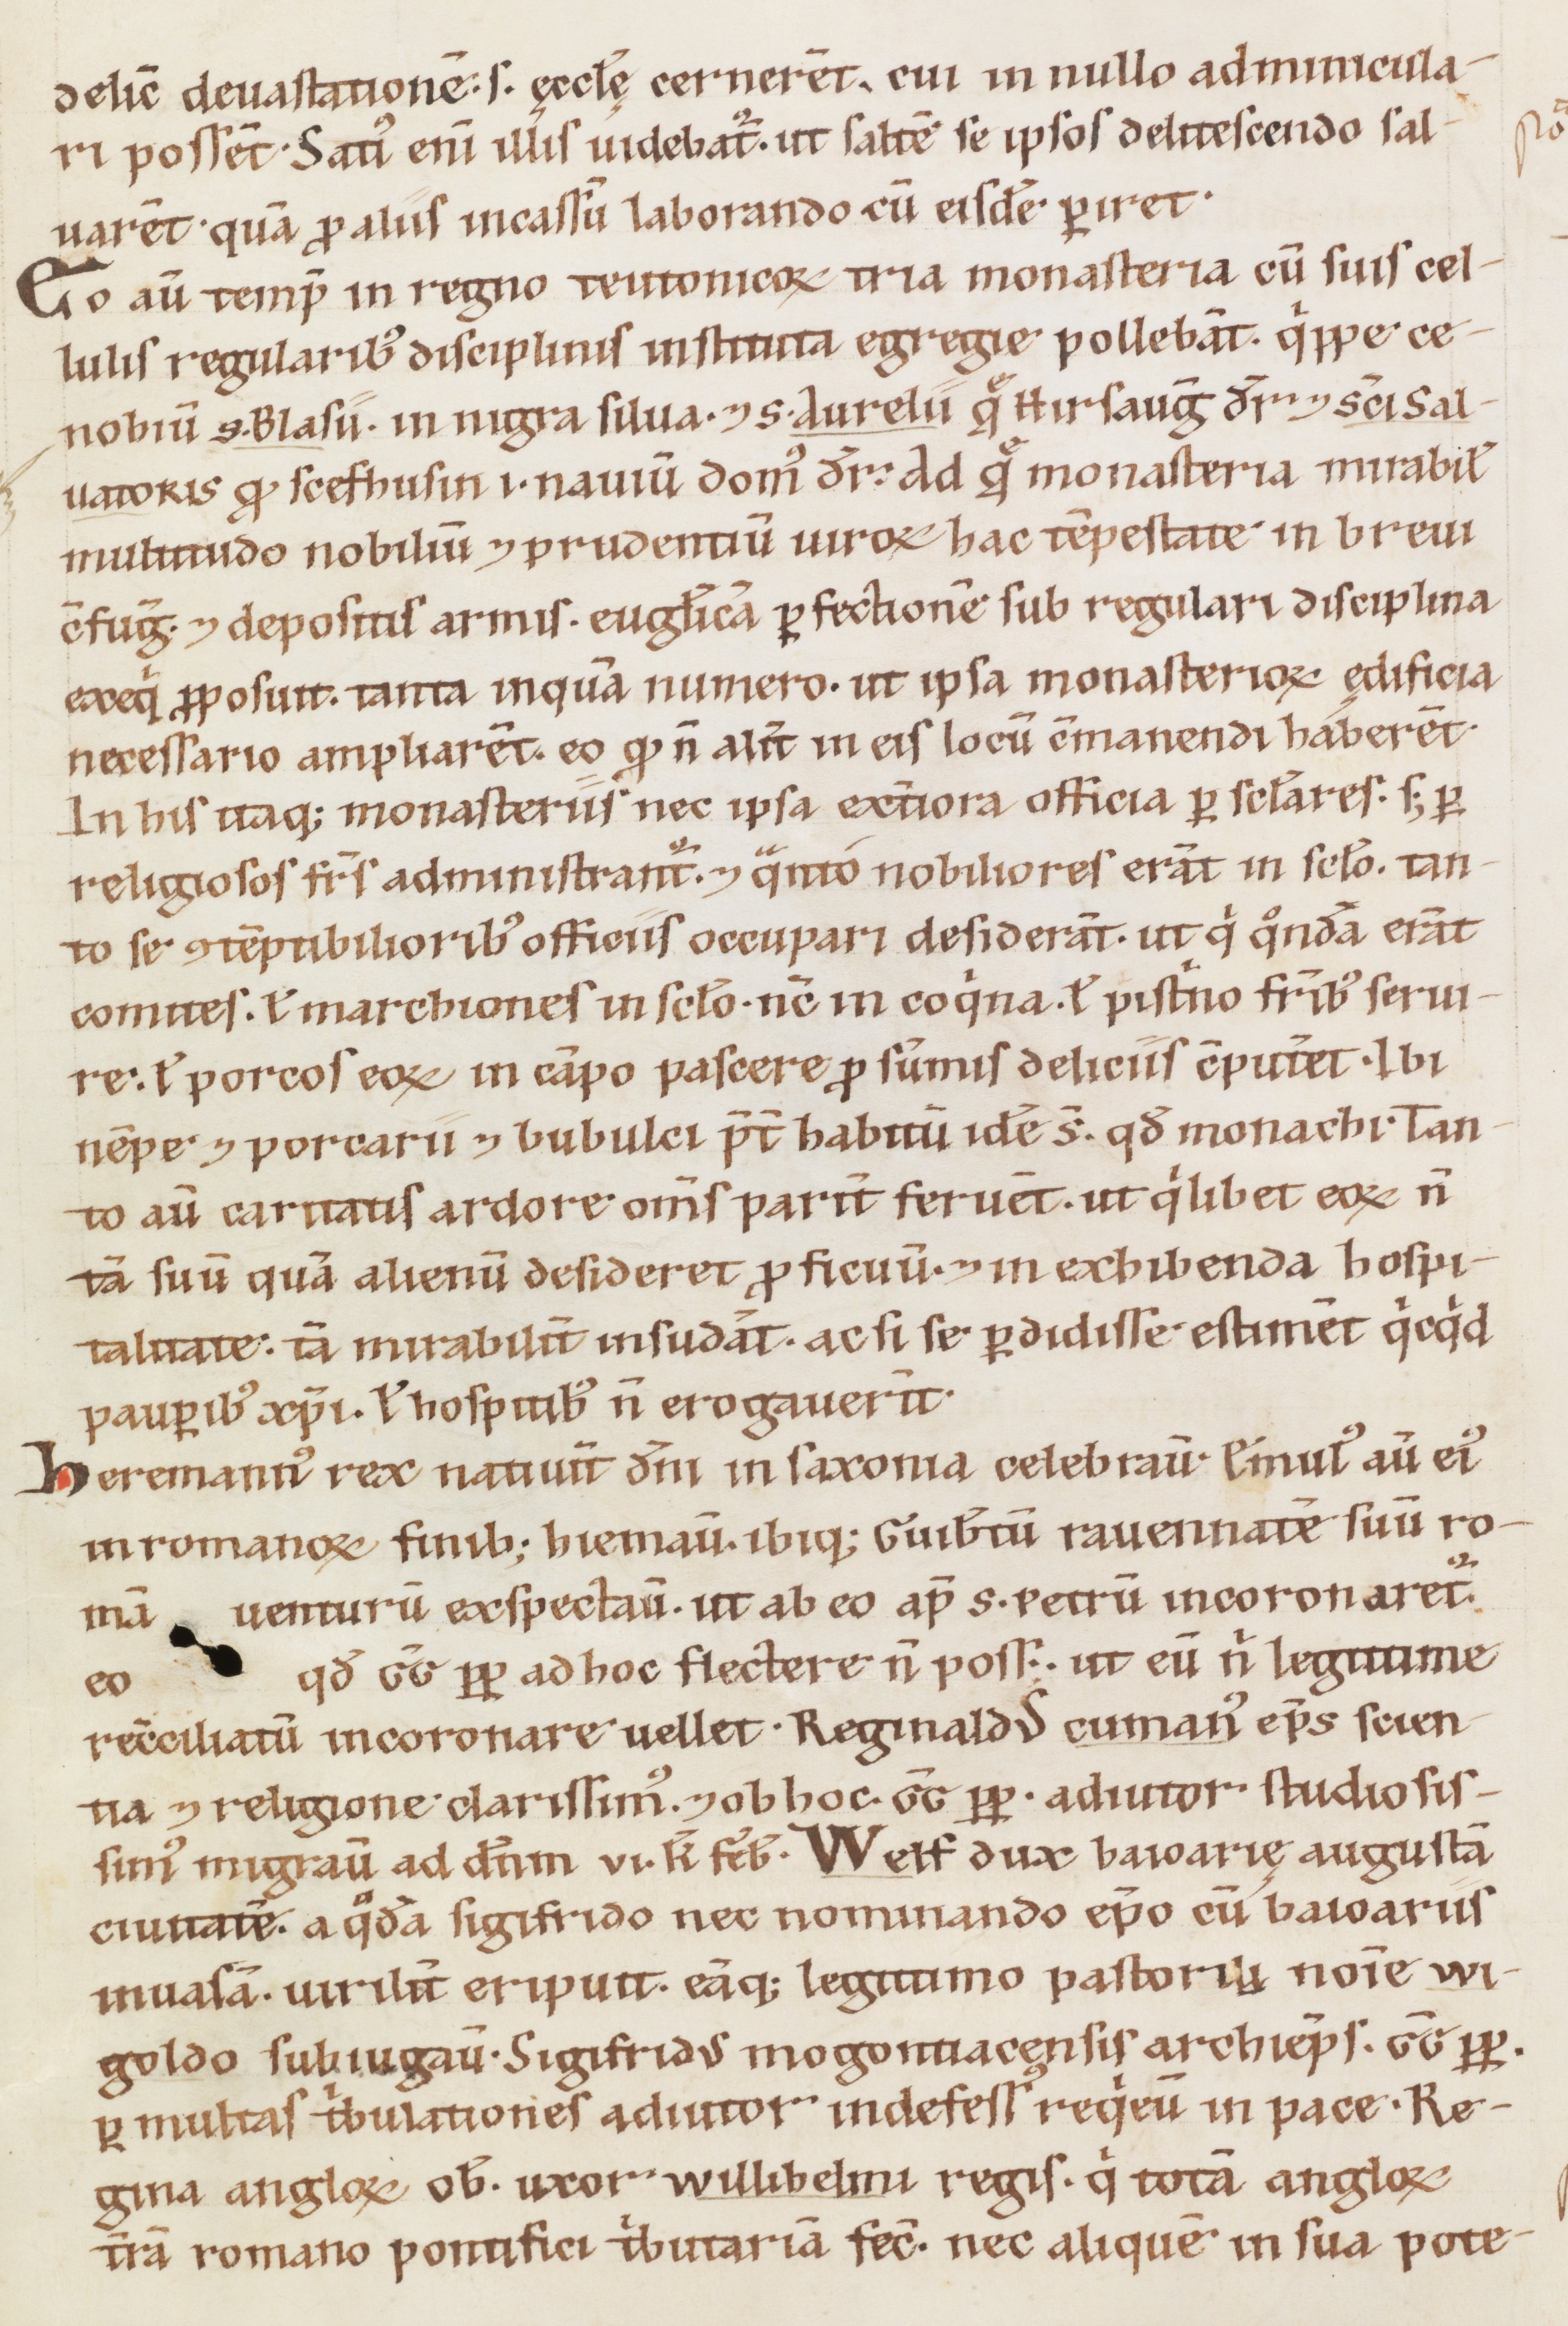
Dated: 1160–1190